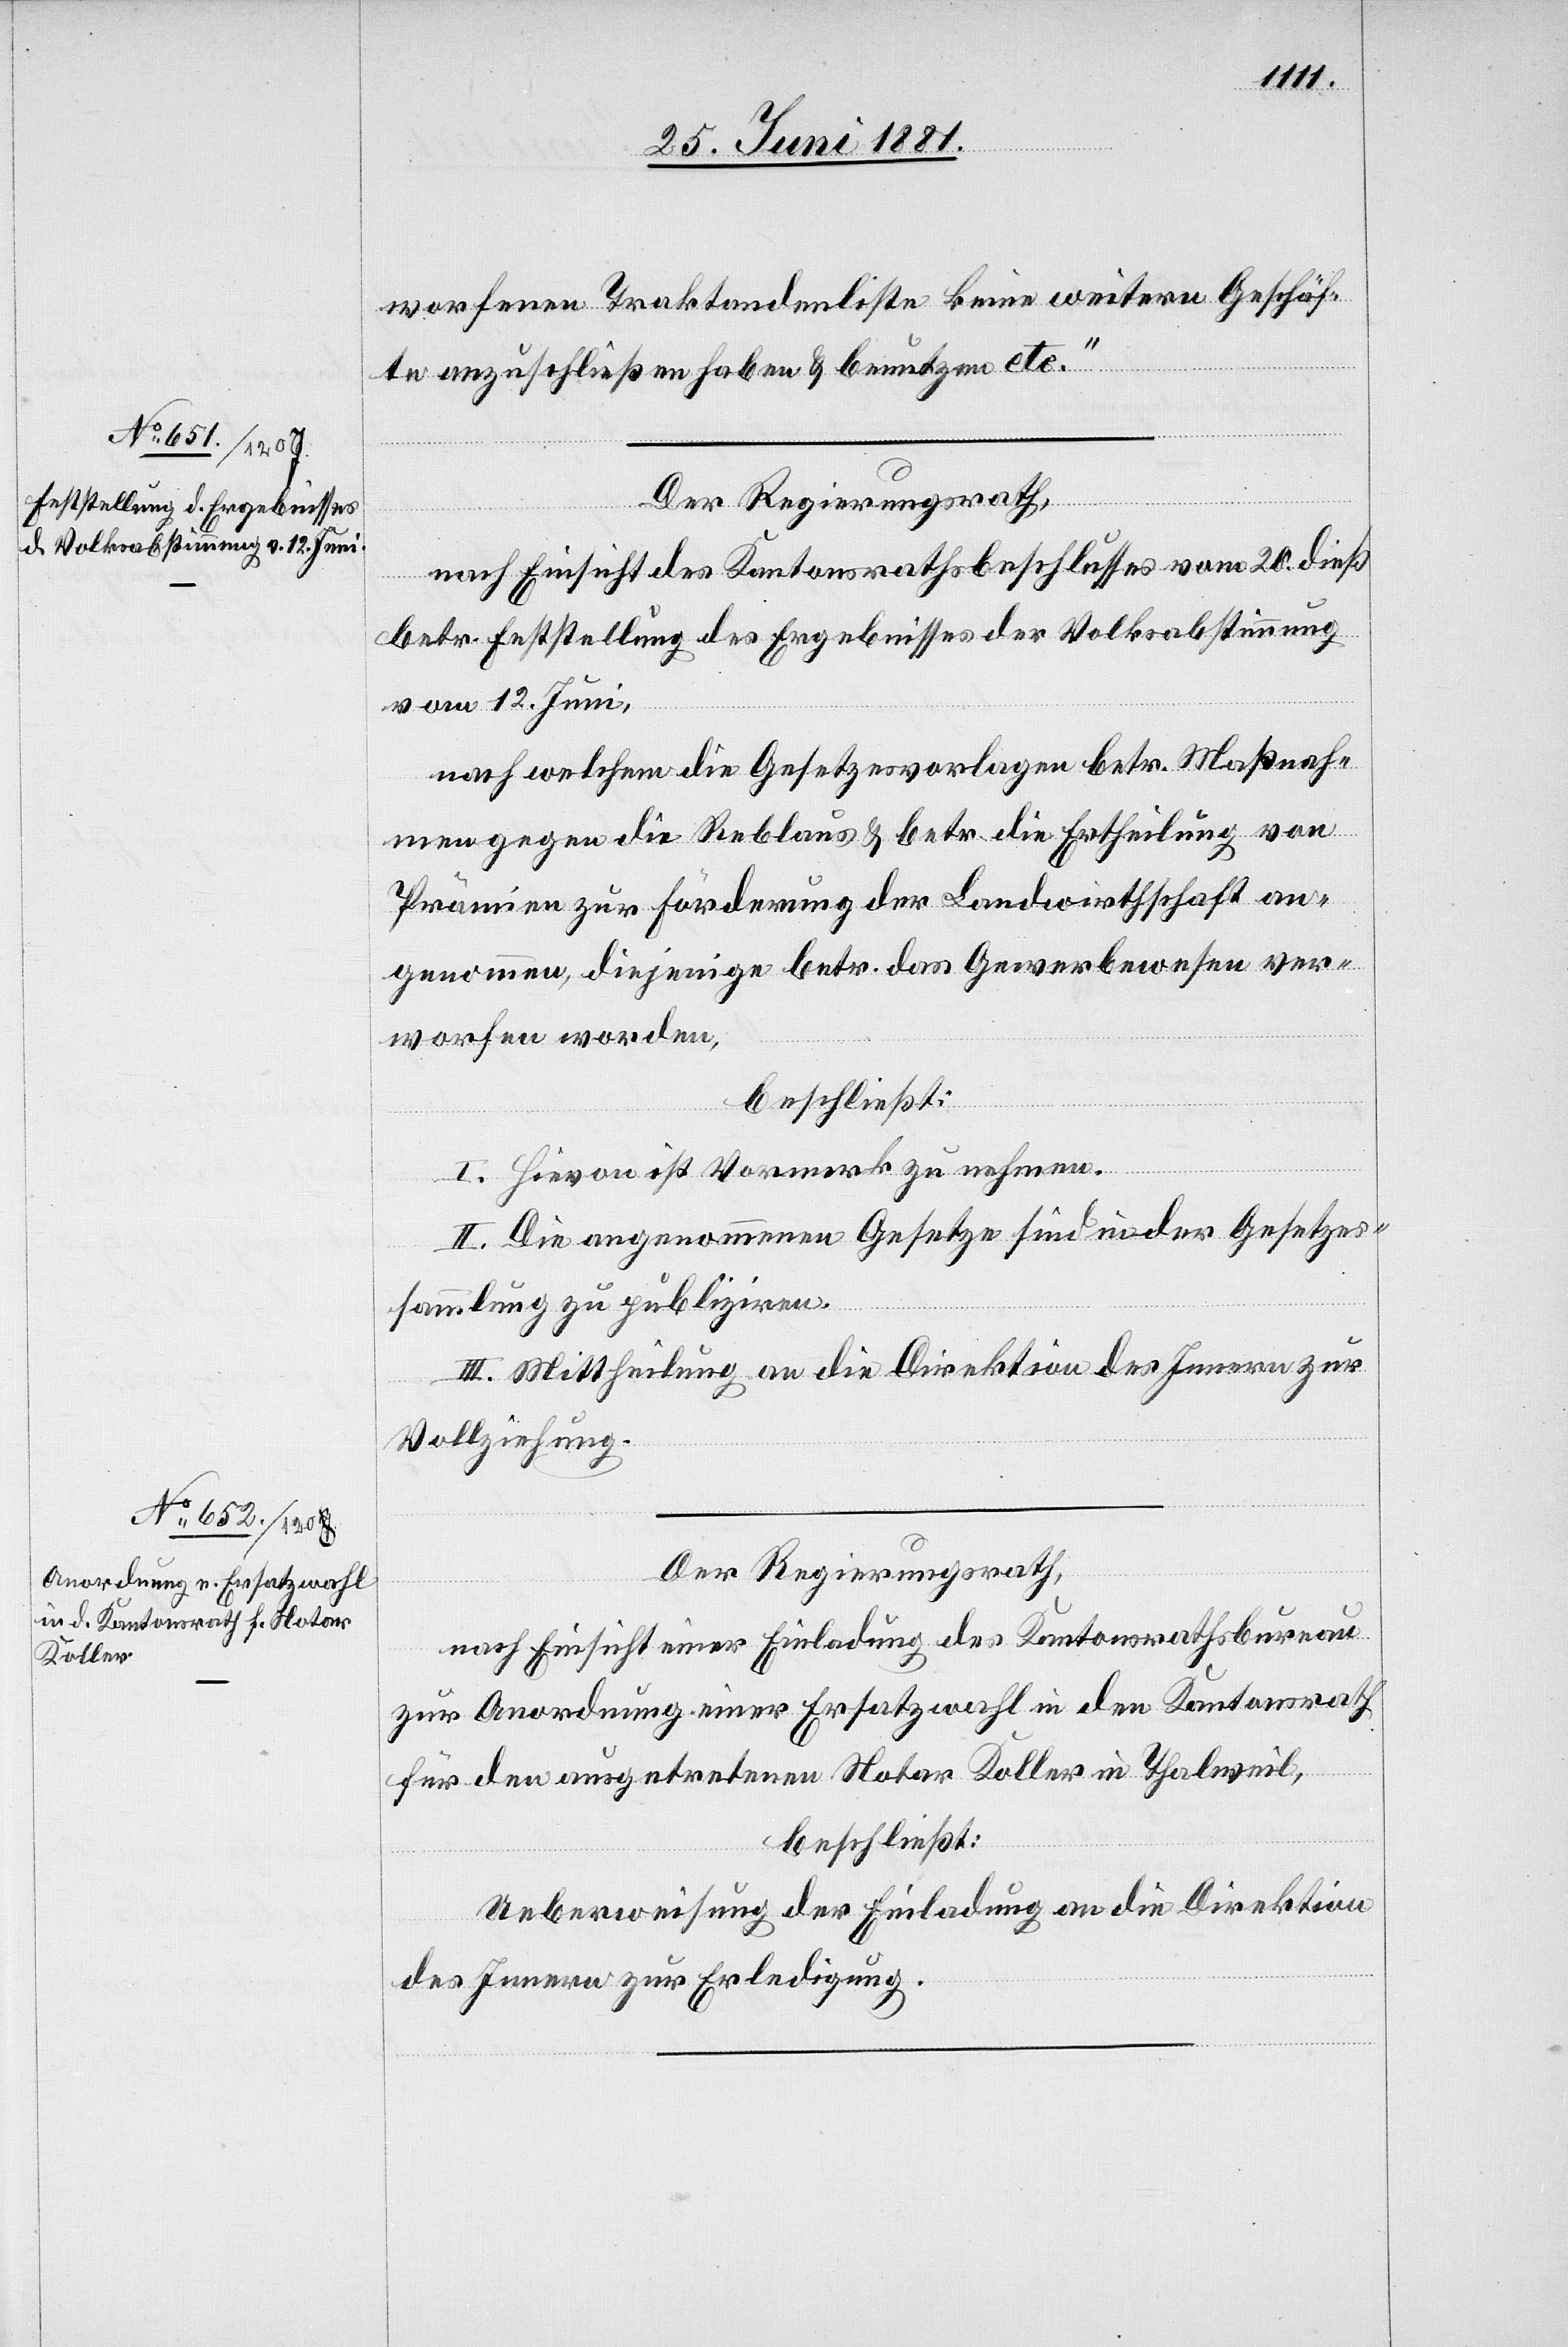
worfenen Traktandenliste keine weitern Geschäf¬
te anzuschließen haben & benutzen etc.“
Der Regierungsrath,
nach Einsicht des Kantonsrathsbeschlusses vom 20. dieß
betr. Feststellung des Ergebnisses der Volksabstimmung
vom 12. Juni,
nach welchem die Gesetzesvorlagen betr. Maßnah¬
me gegen die Reblaus & betr. die Ertheilung von
Prämien zur Förderung der Landwirthschaft an¬
genommen, diejenige betr. das Gewerbewesen ver¬
worfen worden,
beschließt:
I. Hievon ist Vormerk zu nehmen.
II. Die angenommenen Gesetze sind in der Gesetzes¬
sammlung zu publiziren.
III. Mittheilung an die Direktion des Innern zur
Vollziehung.
Der Regierungsrath,
nach Einsicht einer Einladung des Kantonsrathsbureau
zur Anordnung einer Ersatzwahl in den Kantonsrath
für den ausgetretenen Notar Koller in Thalweil,
beschließt:
Ueberweisung der Einladung an die Direktion
des Innern zur Erledigung.